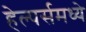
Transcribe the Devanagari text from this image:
हेल्पर्समध्ये